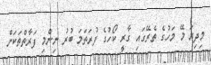
މިދިޔަ މޭ މަހުގެ ތެރޭގައި ގާރީ ކޯހުގެ ފުރަތަމަ ބުރު ނިންމި ފަރާތްތަކަށް